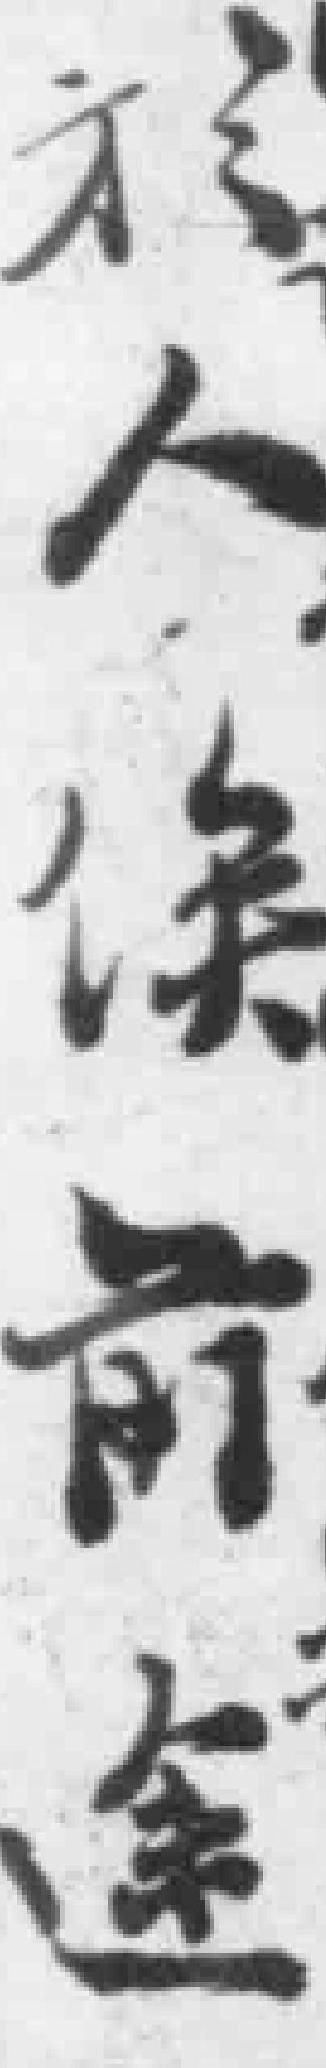
於人俟前途